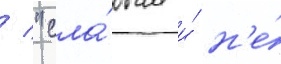
/ "сла́бым и́ н'е́